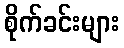
စိုက်ခင်းများ